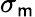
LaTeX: \sigma_{\mathsf{m}}